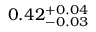
0 . 4 2 _ { - 0 . 0 3 } ^ { + 0 . 0 4 }